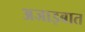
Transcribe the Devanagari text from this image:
अजाइबात